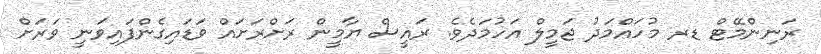
ރަނިންމޭޓް ޑރ މުހައްމަދު ޖަމީލް އަހުމަަދެވެ. ރައީސް ޔާމީން ރަށްރަށައް ވަޑައިގެންފަައިވަނީ ވަރަށް